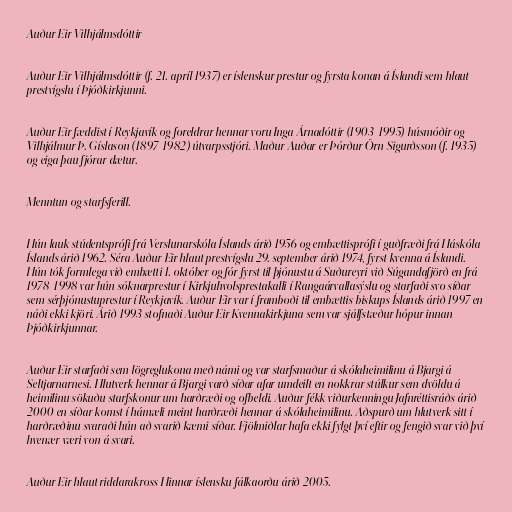
Auður Eir Vilhjálmsdóttir

Auður Eir Vilhjálmsdóttir (f. 21. apríl 1937) er íslenskur prestur og fyrsta konan á Íslandi sem hlaut
prestvígslu í Þjóðkirkjunni.

Auður Eir fæddist í Reykjavík og foreldrar hennar voru Inga Árnadóttir (1903-1995) húsmóðir og
Vilhjálmur Þ. Gíslason (1897-1982) útvarpsstjóri. Maður Auðar er Þórður Örn Sigurðsson (f. 1935)
og eiga þau fjórar dætur.

Menntun og starfsferill.

Hún lauk stúdentsprófi frá Verslunarskóla Íslands árið 1956 og embættisprófi í guðfræði frá Háskóla
Íslands árið 1962. Séra Auður Eir hlaut prestvígslu 29. september árið 1974, fyrst kvenna á Íslandi.
Hún tók formlega við embætti 1. október og fór fyrst til þjónustu á Suðureyri við Súgandafjörð en frá
1978-1998 var hún sóknarprestur í Kirkjuhvolsprestakalli í Rangaárvallasýslu og starfaði svo síðar
sem sérþjónustuprestur í Reykjavík. Auður Eir var í framboði til embættis biskups Íslands árið 1997 en
náði ekki kjöri. Árið 1993 stofnaði Auður Eir Kvennakirkjuna sem var sjálfstæður hópur innan
Þjóðkirkjunnar.

Auður Eir starfaði sem lögreglukona með námi og var starfsmaður á skólaheimilinu á Bjargi á
Seltjarnarnesi. Hlutverk hennar á Bjargi varð síðar afar umdeilt en nokkrar stúlkur sem dvöldu á
heimilinu sökuðu starfskonur um harðræði og ofbeldi. Auður fékk viðurkenningu Jafnréttisráðs árið
2000 en síðar komst í hámæli meint harðræði hennar á skólaheimilinu. Aðspurð um hlutverk sitt í
harðræðinu svaraði hún að svarið kæmi síðar. Fjölmiðlar hafa ekki fylgt því eftir og fengið svar við því
hvenær væri von á svari.

Auður Eir hlaut riddarakross Hinnar íslensku fálkaorðu árið 2005.